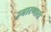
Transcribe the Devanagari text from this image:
उभारणारा